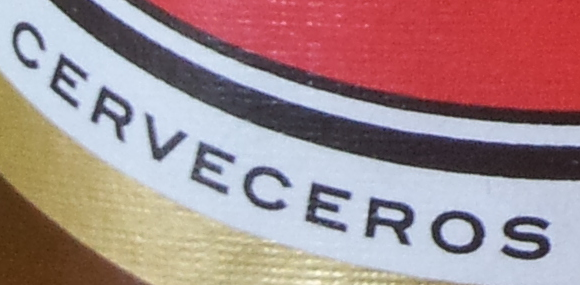
CERVECEROS